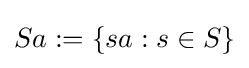
Sa:=\{sa:s\in S\}